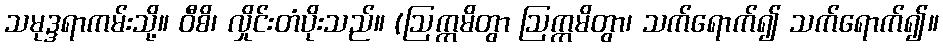
သမုဒ္ဒရာကမ်းသို့။ ဝီစိ၊ လှိုင်းတံပိုးသည်။ (ဩက္ကမိတွာ ဩက္ကမိတွာ၊ သက်ရောက်၍ သက်ရောက်၍။